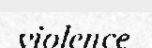
violence